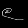
Digit: ၉